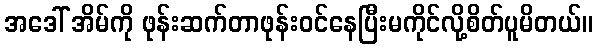
အဒေါ် အိမ်ကို ဖုန်းဆက်တာဖုန်းဝင်နေပြီးမကိုင်လို့စိတ်ပူမိတယ်။